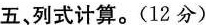
五、列式计算。(12分)